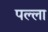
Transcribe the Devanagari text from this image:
पल्‍ला